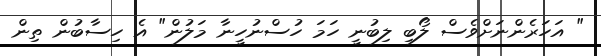
" އަހަރެންނަށްވެސް ލޯބި ލިބުނީ ހަމަ ހުސްނުހީނާ މަލުން" އެ ހިސާބުން ތިން